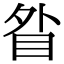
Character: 䀤